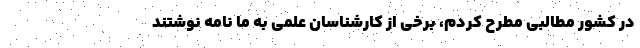
در کشور مطالبی مطرح کردم، برخی از کارشناسان علمی به ما نامه نوشتند